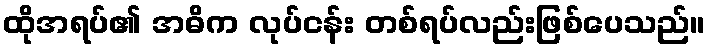
ထိုအရပ်၏ အဓိက လုပ်ငန်း တစ်ရပ်လည်းဖြစ်ပေသည်။